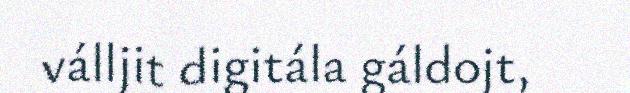
válljit digitála gáldojt,